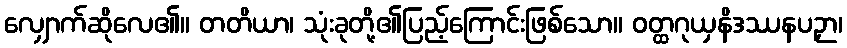
လျှောက်ဆိုလေ၏။ တတိယာ၊ သုံးခုတို့၏ပြည့်ကြောင်းဖြစ်သော။ ဝတ္ထဂုယှနိဒဿနပဉှာ၊